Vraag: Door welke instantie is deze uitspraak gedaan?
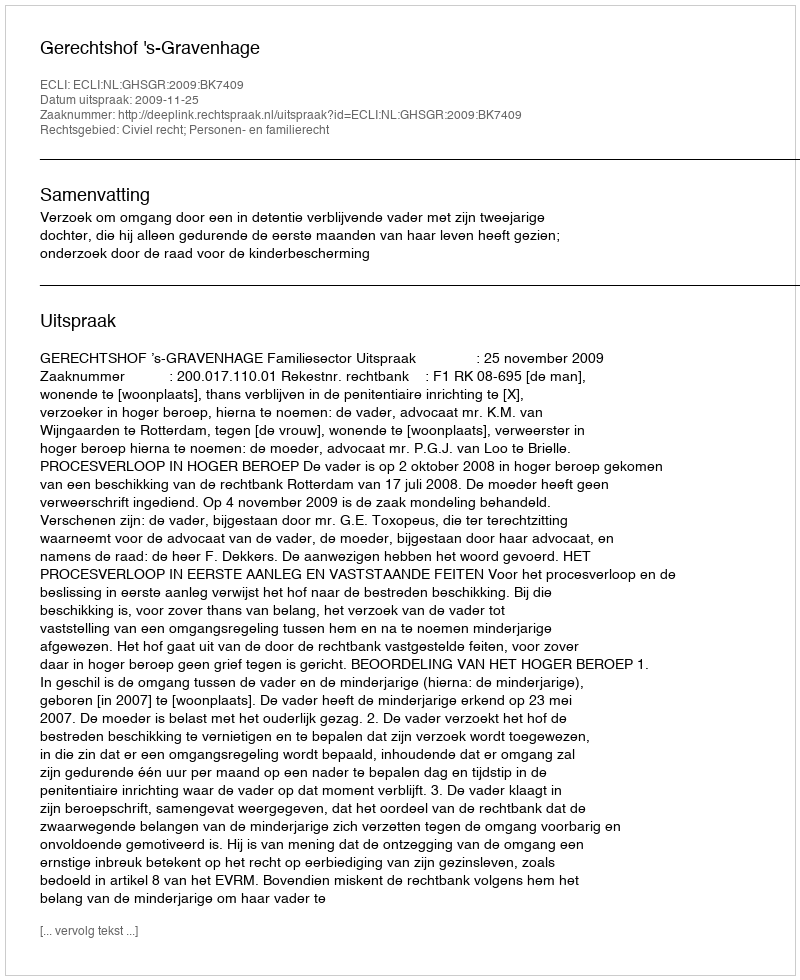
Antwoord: Gerechtshof 's-Gravenhage